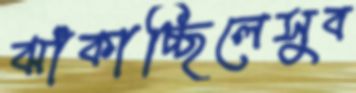
ঝাঁকাচ্ছিলেসুব